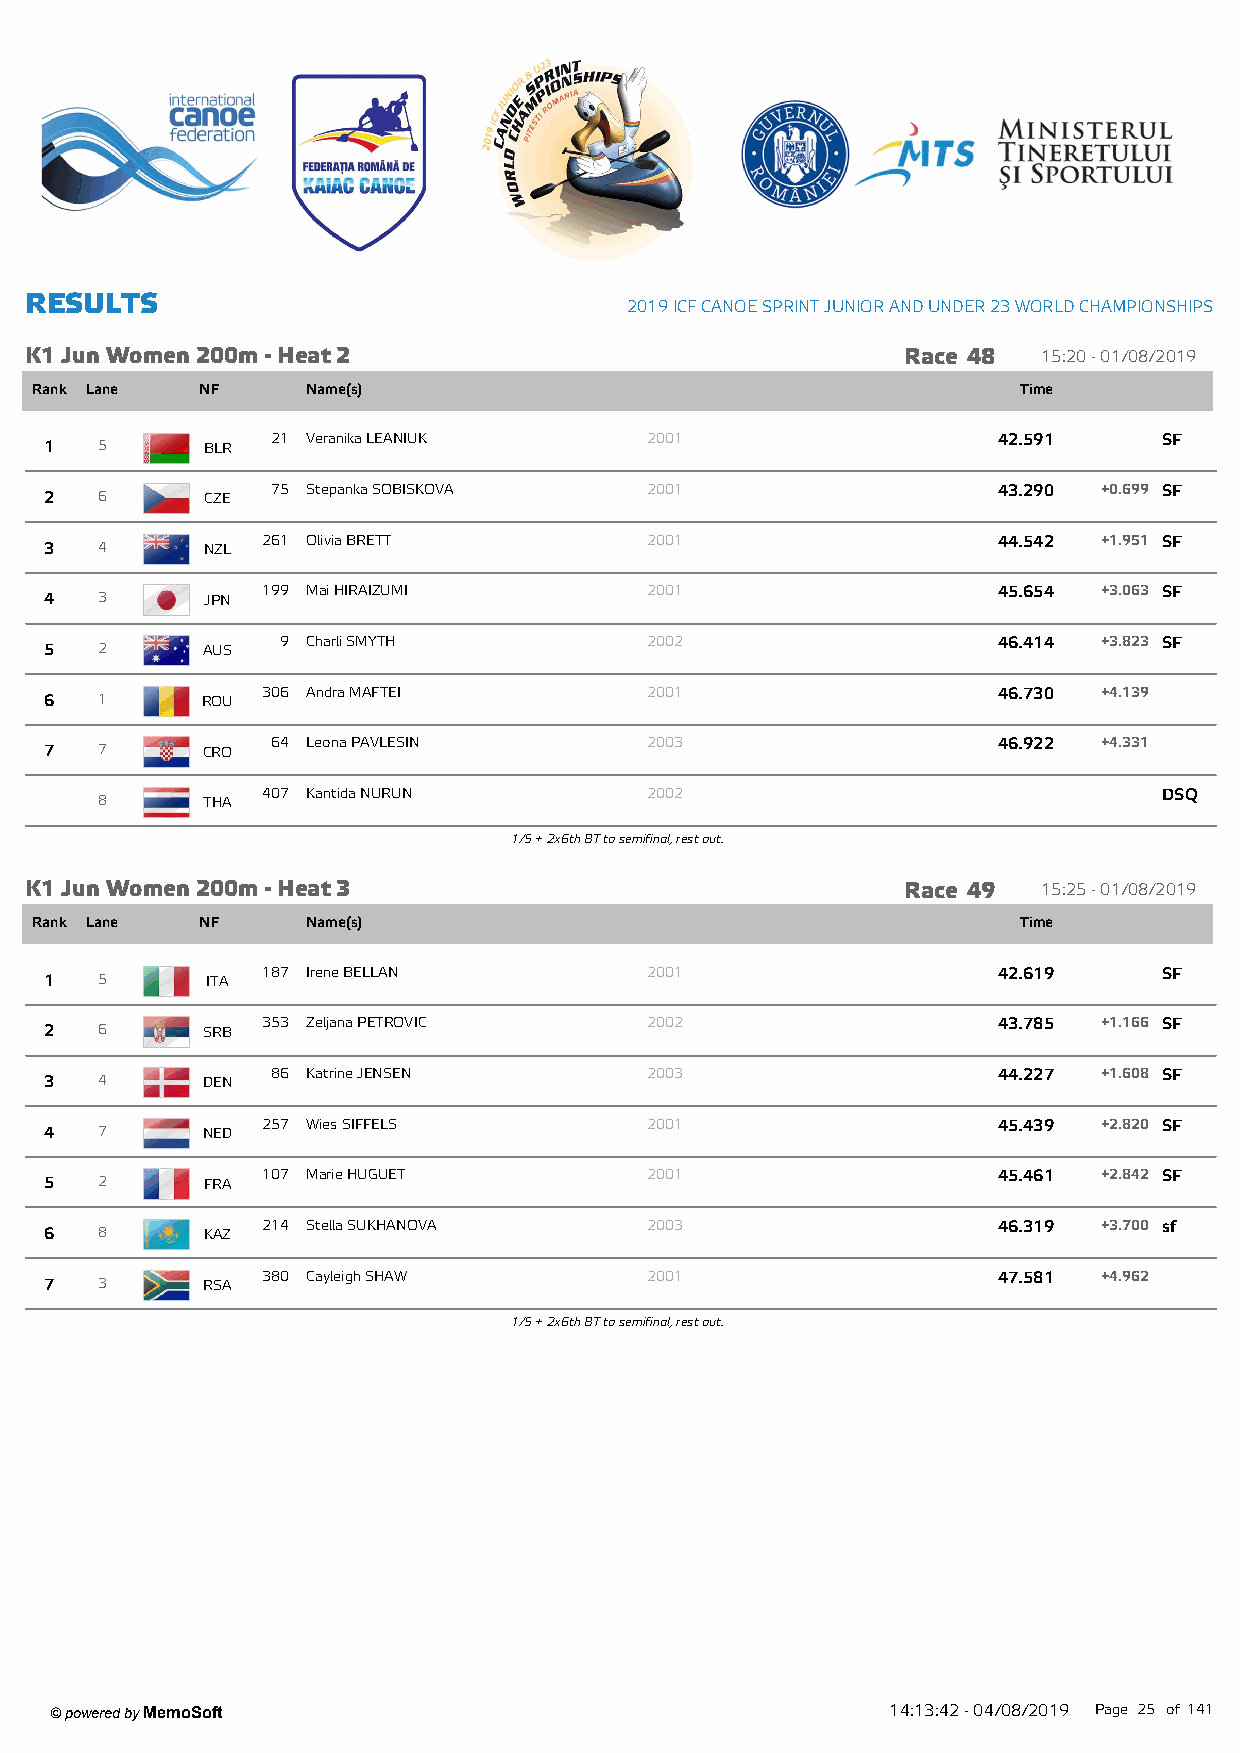
R ESU LTS
 2019 ICF CANOE SPRINT JUNIOR AND UNDER 23 W ORLD CHAMPIONSHIPS
 K1 Jun W om en 200m - Heat 2                              Race 48  15:20 - 01/08/2019
 Rank Lane  NF     Name(s)                                         Time
 21 Veranika LEANIUK      2001                   42.591     SF
 1  5      BLR
 75 Stepanka SOBISKOVA    2001                   43.290 +0.699 SF
 2  6       CZE
 261 Olivia BRETT          2001                   44.542 +1.951 SF
 3  4      NZL
 199 Mai HIRAIZUMI         2001                   45.654 +3.063 SF
 4  3       JPN
 9 Charli SMYTH          2002                   46.414 +3.823 SF
 5  2      AUS
 306 Andra MAFTEI          2001                   46.730 +4.139
 6  1      ROU
 64 Leona PAVLESIN        2003                   46.922 +4.331
 7  7      CRO
 407 Kantida NURUN         2002                              DSQ
 8      THA
 1/5 + 2x6th BT to semifinal, rest out.
 K1 Jun W om en 200m - Heat 3                              Race 49  15:25 - 01/08/2019
 Rank Lane  NF     Name(s)                                         Time
 187 Irene BELLAN          2001                   42.619     SF
 1  5       ITA
 353 Zeljana PETROVIC      2002                   43.785 +1.166 SF
 2  6      SRB
 86 Katrine JENSEN        2003                   44.227 +1.608 SF
 3  4      DEN
 257 Wies SIFFELS          2001                   45.439 +2.820 SF
 4  7      NED
 107 Marie HUGUET          2001                   45.461 +2.842 SF
 5  2      FRA
 214 Stella SUKHANOVA      2003                   46.319 +3.700 sf
 6  8      KAZ
 380 Cayleigh SHAW         2001                   47.581 +4.962
 7  3      RSA
 1/5 + 2x6th BT to semifinal, rest out.
 ' powered by MemoSoft                                   14:13:42 - 04/08/2019 Page 25 of141